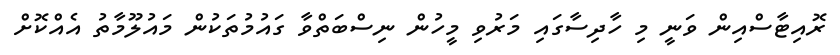
ރޮއިޓާސްއިން ވަނީ މި ހާދިސާގައި މަރުވި މީހުން ނިސްބަތްވާ ގައުމުތަކުން މައުލޫމާތު އެއްކޮށް